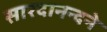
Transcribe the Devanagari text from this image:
सारदानन्दने